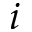
i